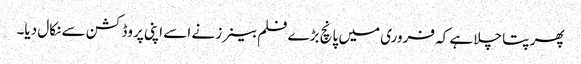
پھر پتا چلا ہے کہ فروری میں پانچ بڑے فلم بینرز نے اسے اپنی پروڈکشن سے نکال دیا۔